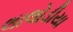
લાલોડીયા